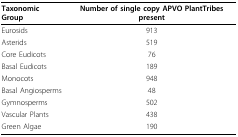
<table><thead><tr><td><b>Taxonomic Group</b></td><td><b>Number of single copy APVO PlantTribes present</b></td></tr></thead><tbody><tr><td>Eurosids</td><td>913</td></tr><tr><td>Asterids</td><td>519</td></tr><tr><td>Core Eudicots</td><td>76</td></tr><tr><td>Basal Eudicots</td><td>189</td></tr><tr><td>Monocots</td><td>948</td></tr><tr><td>Basal Angiosperms</td><td>48</td></tr><tr><td>Gymnosperms</td><td>502</td></tr><tr><td>Vascular Plants</td><td>438</td></tr><tr><td>Green Algae</td><td>190</td></tr></tbody></table>